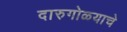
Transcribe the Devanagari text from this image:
दारुगोळ्याचे